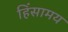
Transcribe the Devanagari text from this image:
हिंसामय